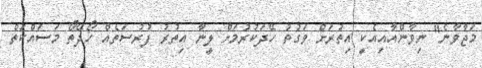
މަޖާވާނެ" ނިވާންއާއިއެކީ އިތުރަށް ވަގުތު ހޭދަކުރުމަށް ލީނާ އިތުރު ފުރުސަތެއް ހޯދޭތޯ މަސައްކަތް